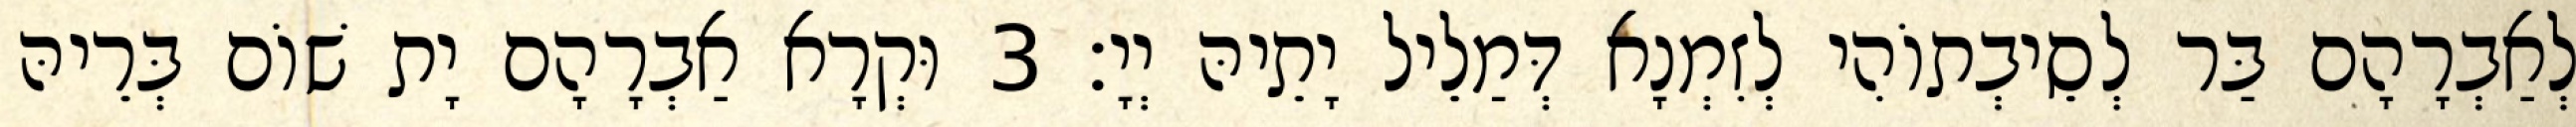
לְאַבְרָהָם בַּר לְסֵיבְתוֹהִי לְזִמְנָא דְּמַלֵיל יָתֵיהּ יְיָ׃ 3 וּקְרָא אַבְרָהָם יָת שׁוֹם בְּרֵיהּ